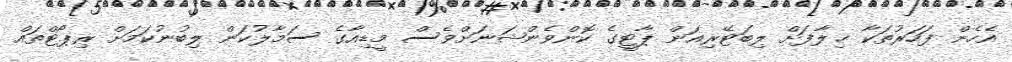
އެހެން ފަހަރުތަކާ ޚިލާފަށް ލިބަޓޭރިއަން ޕާޓީގެ ކޮންވެންޝަނަށްވެސް މީޑިއާގެ ސަމާލުކަން ލިބުނުކަމަށް ރިޕޯޓްތައް